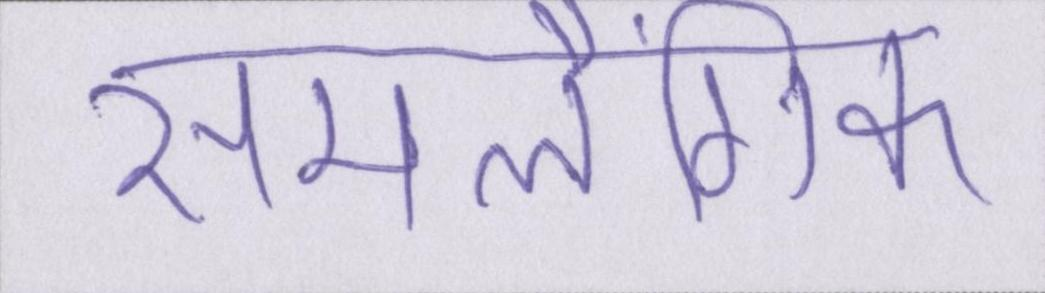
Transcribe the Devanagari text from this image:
समलैंगिक